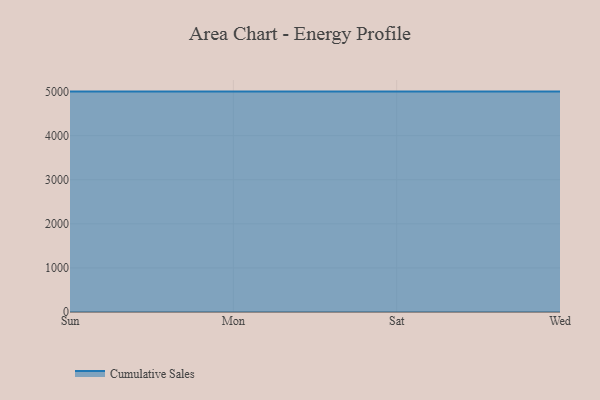
{"axis": {"x": "Day", "y": "Production Output"}, "legend": ["Cumulative Sales"], "data": [{"x": "Sun", "y": 5000, "type": "Cumulative Sales"}, {"x": "Mon", "y": 5000, "type": "Cumulative Sales"}, {"x": "Sat", "y": 5000, "type": "Cumulative Sales"}, {"x": "Wed", "y": 5000, "type": "Cumulative Sales"}]}